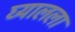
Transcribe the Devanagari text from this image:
घ्यालला